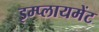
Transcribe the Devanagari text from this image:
इम्प्लायमेंट